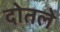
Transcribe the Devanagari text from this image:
दोतले